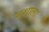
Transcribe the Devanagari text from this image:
मशाला